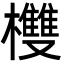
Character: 欆